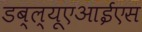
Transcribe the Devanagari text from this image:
डब्ल्यूएआईएस